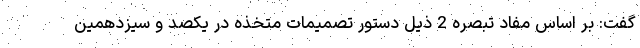
گفت: بر اساس مفاد تبصره 2 ذیل دستور تصمیمات متخذه در یکصد و سیزدهمین